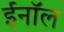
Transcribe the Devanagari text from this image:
ईनॉल